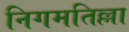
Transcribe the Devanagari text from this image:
निगमतिल्ला